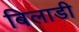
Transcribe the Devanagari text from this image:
बिलाडी